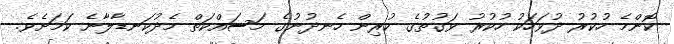
ކޮންމެ ހުކުރު ދުވަހަކު ހުކުރު ވަގުތުގެ ކުރިން ހެނދުނުގެ މަސައްކަތް މެދުކަނޑާލާނެ ކަމަށެވެ.